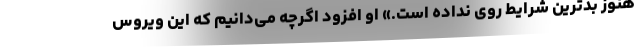
هنوز بدترین شرایط روی نداده است.» او افزود اگرچه می‌دانیم که این ویروس